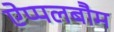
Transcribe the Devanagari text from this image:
ऐप्पलबौम